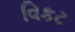
વિકટ